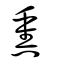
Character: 熏